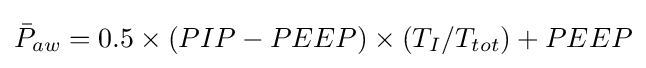
{\bar {P}}_{aw}=0.5\times (PIP-PEEP)\times (T_{I}/T_{tot})+PEEP